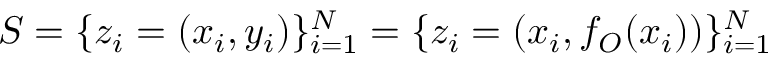
{ \cal { S } } = \{ z _ { i } = ( x _ { i } , y _ { i } ) \} _ { i = 1 } ^ { N } = \{ z _ { i } = \left( x _ { i } , f _ { O } ( x _ { i } ) \right) \} _ { i = 1 } ^ { N }